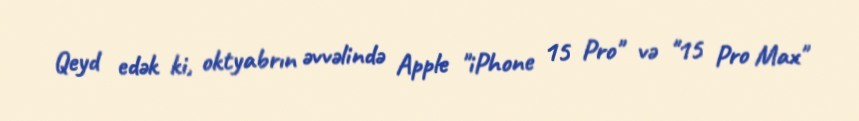
Qeyd edək ki, oktyabrın əvvəlində Apple "iPhone 15 Pro" və "15 Pro Max"